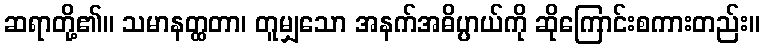
ဆရာတို့၏။ သမာနတ္ထတာ၊ တူမျှသော အနက်အဓိပ္ပာယ်ကို ဆိုကြောင်းစကားတည်း။